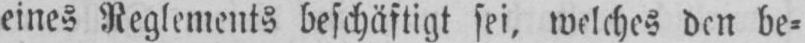
eines Reglements beschäftigt sei, welches den be⸗